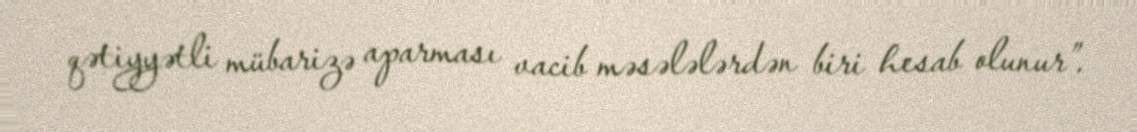
qətiyyətli mübarizə aparması vacib məsələlərdən biri hesab olunur”.